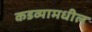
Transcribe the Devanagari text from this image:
कडव्यामधील